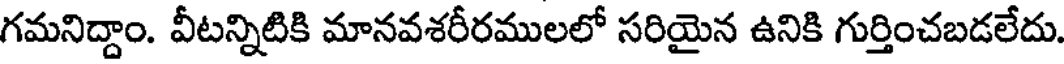
గమనిద్దాం. వీటన్నిటికి మానవశరీరములలో సరియైన ఉనికి గుర్తించబడలేదు.